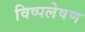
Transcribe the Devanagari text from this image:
विष्पलेषण